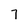
Character: 7